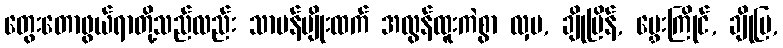
တွေးတောဖွယ်ရာတို့သည်လည်း သာမန်မျိုးထက် အလွန်ထူးကဲစွာ လှပ, ချိုမြိန်, မွှေးကြိုင်, ချိုမြ,